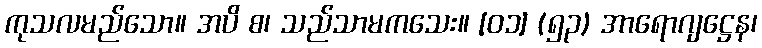
ကုသလမည်သော။ အပိ စ၊ သည်သာမကသေး။ [၀၁] (၅၃) အာရောဂျဋ္ဌေန၊